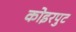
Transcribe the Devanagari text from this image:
कोइरपुट